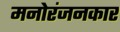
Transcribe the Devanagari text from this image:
मनोरंजनकार